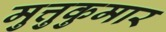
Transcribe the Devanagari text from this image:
मुत्तुकुमार